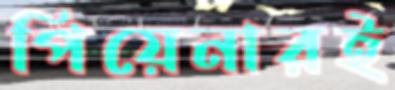
পিয়েনারই